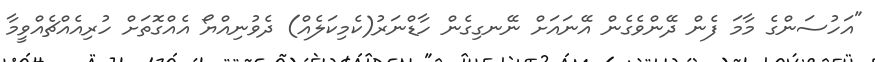
"އަހުސަންގެ މާމަ ފެން ދޭންވެގެން އޭނައަށް ނޭނގިގެން ހާޑްނަރު(ކެމިކަލެއް) ދެވުނިއްޔޯ އެއްގޮތަށް ހުރިއެއްޗެއްވީމާ